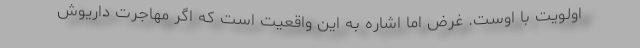
اولویت با اوست. غرض اما اشاره به این واقعیت است که اگر مهاجرت داریوش